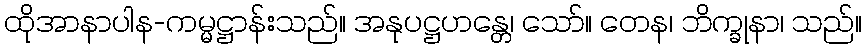
ထိုအာနာပါန-ကမ္မဋ္ဌာန်းသည်။ အနုပဋ္ဌဟန္တေ၊ သော်။ တေန၊ ဘိက္ခုနာ၊ သည်။